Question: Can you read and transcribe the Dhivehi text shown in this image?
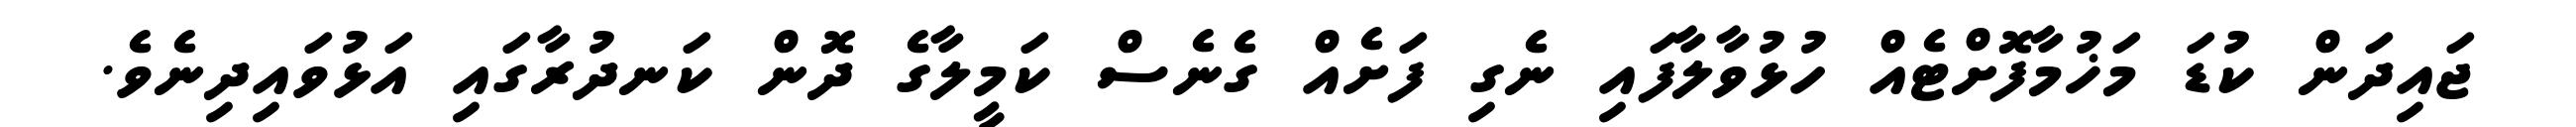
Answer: ޖައިދަން ކުޑަ މަޚުމާފޮށްޓެއް ހުޅުވާލާފައި ނެގި ފަށެއް ގެނެސް ކަމީލާގެ ދޮން ކަނދުރާގައި އަޅުވައިދިނެވެ.